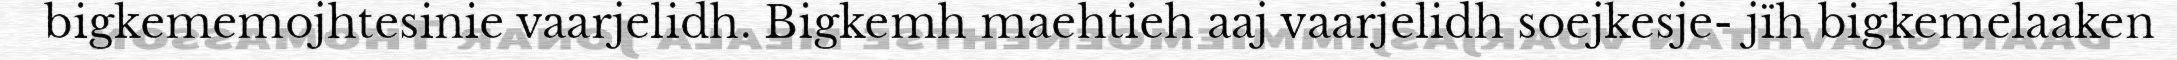
bigkememojhtesinie vaarjelidh. Bigkemh maehtieh aaj vaarjelidh soejkesje- jïh bigkemelaaken